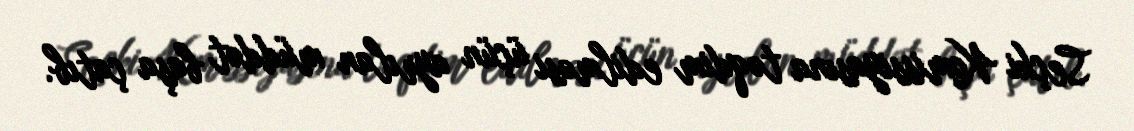
Seçki Komissiyasına təqdim edilməsi üçün ayrılan müddət başa çatıb.